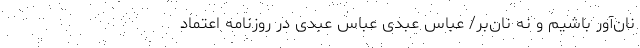
نان‌آور باشیم و نه نان‌بُر/ عباس عبدی عباس عبدی در روزنامه اعتماد